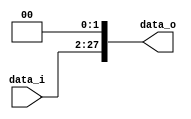
//0516016   0516225 
//Subject:      CO project 2 - Shift_Left_Two_32
//--------------------------------------------------------------------------------
//Version:     1
//--------------------------------------------------------------------------------
//Description: 
//--------------------------------------------------------------------------------

module Shift_Left_Two_Jump(
    data_i,
    data_o
    );


//I/O ports                    
input [25:0] data_i;
output [27:0] data_o;

//shift left 2
assign data_o = data_i << 2;
     
endmodule